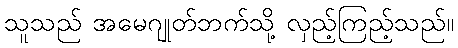
သူသည် အမေဂျုတ်ဘက်သို့ လှည့်ကြည့်သည်။